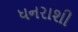
ધનરાશી